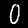
Label: 0